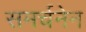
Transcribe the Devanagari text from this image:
समर्चनेन